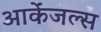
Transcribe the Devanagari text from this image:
आर्केंजल्स